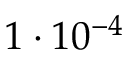
1 \cdot 1 0 ^ { - 4 }